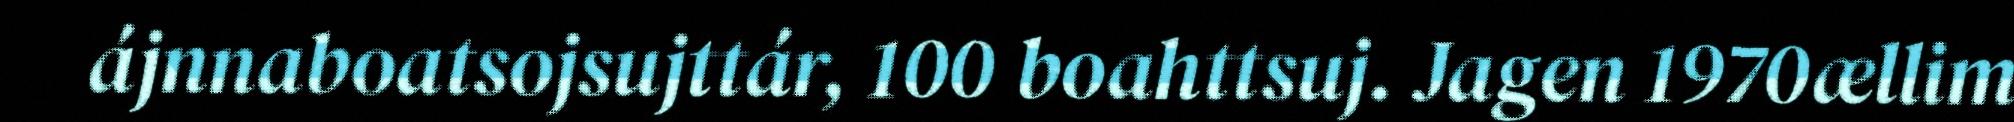
ájnnaboatsojsujttár, 100 boahttsuj. Jagen 1970ællim